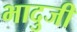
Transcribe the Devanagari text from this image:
भादुजी